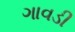
ગાવડી